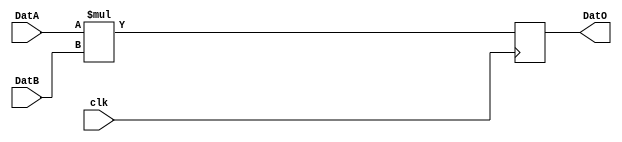
//==================================================================================================
//  Revision      : 
//  Company       : Instituto Tecnologico de Costa Rica
//
//  Description   : Clock edged 2bit multiplier.
//
//
//==================================================================================================

`timescale 1ns / 1ps

module mult2
    //#(parameter SW = 24, parameter precision = 0)
    #(parameter SW = 24)
    (
    input wire clk,
    input wire [SW-1:0] DatA,
    input wire [SW-1:0] DatB,
    output reg [2*SW-1:0] DatO
    );

always @(posedge clk) begin
    DatO = DatA *DatB ;
end

endmodule